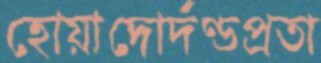
হোয়াদোর্দণ্ডপ্রতা